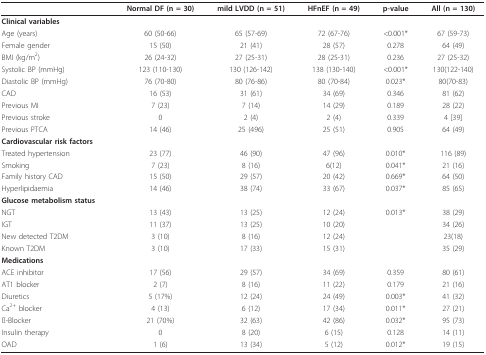
<table><thead><tr><td></td><td><b>Normal DF (n = 30)</b></td><td><b>mild LVDD (n = 51)</b></td><td><b>HFnEF (n = 49)</b></td><td><b>p-value</b></td><td><b>All (n = 130)</b></td></tr></thead><tbody><tr><td><b>Clinical variables</b></td><td></td><td></td><td></td><td></td><td></td></tr><tr><td>Age (years)</td><td>60 (50-66)</td><td>65 (57-69)</td><td>72 (67-76)</td><td>&lt;0.001*</td><td>67 (59-73)</td></tr><tr><td>Female gender</td><td>15 (50)</td><td>21 (41)</td><td>28 (57)</td><td>0.278</td><td>64 (49)</td></tr><tr><td>BMI (kg/m<sup>2</sup>)</td><td>26 (24-32)</td><td>27 (25-31)</td><td>28 (25-31)</td><td>0.236</td><td>27 (25-32)</td></tr><tr><td>Systolic BP (mmHg)</td><td>123 (110-130)</td><td>130 (126-142)</td><td>138 (130-140)</td><td>&lt;0.001*</td><td>130(122-140)</td></tr><tr><td>Diastolic BP (mmHg)</td><td>76 (70-80)</td><td>80 (76-86)</td><td>80 (70-84)</td><td>0.023*</td><td>80(70-83)</td></tr><tr><td>CAD</td><td>16 (53)</td><td>31 (61)</td><td>34 (69)</td><td>0.346</td><td>81 (62)</td></tr><tr><td>Previous MI</td><td>7 (23)</td><td>7 (14)</td><td>14 (29)</td><td>0.189</td><td>28 (22)</td></tr><tr><td>Previous stroke</td><td>0</td><td>2 (4)</td><td>2 (4)</td><td>0.339</td><td>4 [39]</td></tr><tr><td>Previous PTCA</td><td>14 (46)</td><td>25 (496)</td><td>25 (51)</td><td>0.905</td><td>64 (49)</td></tr><tr><td><b>Cardiovascular risk factors</b></td><td></td><td></td><td></td><td></td><td></td></tr><tr><td>Treated hypertension</td><td>23 (77)</td><td>46 (90)</td><td>47 (96)</td><td>0.010*</td><td>116 (89)</td></tr><tr><td>Smoking</td><td>7 (23)</td><td>8 (16)</td><td>6(12)</td><td>0.041*</td><td>21 (16)</td></tr><tr><td>Family history CAD</td><td>15 (50)</td><td>29 (57)</td><td>20 (42)</td><td>0.669*</td><td>64 (50)</td></tr><tr><td>Hyperlipidaemia</td><td>14 (46)</td><td>38 (74)</td><td>33 (67)</td><td>0.037*</td><td>85 (65)</td></tr><tr><td><b>Glucose metabolism status</b></td><td></td><td></td><td></td><td></td><td></td></tr><tr><td>NGT</td><td>13 (43)</td><td>13 (25)</td><td>12 (24)</td><td>0.013*</td><td>38 (29)</td></tr><tr><td>IGT</td><td>11 (37)</td><td>13 (25)</td><td>10 (20)</td><td></td><td>34 (26)</td></tr><tr><td>New detected T2DM</td><td>3 (10)</td><td>8 (16)</td><td>12 (24)</td><td></td><td>23(18)</td></tr><tr><td>Known T2DM</td><td>3 (10)</td><td>17 (33)</td><td>15 (31)</td><td></td><td>35 (29)</td></tr><tr><td><b>Medications</b></td><td></td><td></td><td></td><td></td><td></td></tr><tr><td>ACE inhibitor</td><td>17 (56)</td><td>29 (57)</td><td>34 (69)</td><td>0.359</td><td>80 (61)</td></tr><tr><td>AT1 blocker</td><td>2 (7)</td><td>8 (16)</td><td>11 (22)</td><td>0.179</td><td>21 (16)</td></tr><tr><td>Diuretics</td><td>5 (17%)</td><td>12 (24)</td><td>24 (49)</td><td>0.003*</td><td>41 (32)</td></tr><tr><td>Ca<sup>2+ </sup>blocker</td><td>4 (13)</td><td>6 (12)</td><td>17 (34)</td><td>0.011*</td><td>27 (21)</td></tr><tr><td>ß-Blocker</td><td>21 (70%)</td><td>32 (63)</td><td>42 (86)</td><td>0.032*</td><td>95 (73)</td></tr><tr><td>Insulin therapy</td><td>0</td><td>8 (20)</td><td>6 (15)</td><td>0.128</td><td>14 (11)</td></tr><tr><td>OAD</td><td>1 (6)</td><td>13 (34)</td><td>5 (12)</td><td>0.012*</td><td>19 (15)</td></tr></tbody></table>